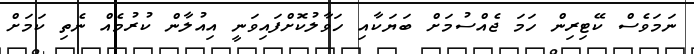
ނަމަވެސް ކޭޓިރިން ހަމަ ޖެއްސުމަށް ބަޔަކާއި ހަވާލުކޮށްފައިވަނީ އިއުލާން ކުރުމެއް ނެތި ކަމަށް